system: You are a helpful assistant.
user:
Analyze the provided spectrum to determine if it is a **S-type Star**.

- **Key Indicators for S-type Star:**

    - **(Overall Spectrum Shape):** The first and most obvious characteristic is the overall continuum (the "baseline" shape). It is **extremely "red-sloping,"** meaning the flux (light intensity) is very low on the left side (blue, ~4000-4500 Å) and rises steeply and continuously toward the right side (red, ~7000 Å+).

    - **(Primary):** The spectrum is defined by the presence of strong, broad molecular absorption "valleys" (bands) from **Zirconium Oxide (ZrO)**. The identification of these bands is the **primary requirement** for classifying a star as S-type.
        - **(Key Bandheads):** You must find distinct, deep "dips" where the light has been absorbed. The most critical band systems to locate are:
            - **~6474 Å** ($\gamma$-system): This is often the strongest and clearest ZrO feature, found in the red part of the spectrum.
            - **~5718 Å** & **~5551 Å** ($\beta$-system): A pair of prominent absorption features in the yellow-orange part of the spectrum.
            - **~4640 Å** ($\alpha$-system): A key absorption band system in the blue-green region of the spectrum.

    - **(Secondary Confirmation):** The classification is strengthened by finding additional absorption bands from other related heavy element oxides, which are expected to be present alongside ZrO.
        - **(Key Bandheads):**
            - **Yttrium Oxide (YO):** Look for absorption dips near **~4800 Å** and **~6100 Å**.
            - **Lanthanum Oxide (LaO):** Additional absorption features, particularly in the red-orange part of the spectrum, are also characteristic.

    - **(Line Profile):** The combination of the steep red continuum and these numerous, deep molecular bands (ZrO, YO, etc.) gives the entire spectrum a very **"chopped-up"** or **"bumpy"** appearance. Instead of a smooth curve, the spectrum looks as though large, wide chunks of light have been "carved out" of it at the specific wavelengths listed above.

Think first, call **spectral_visualization_tool** if needed to examine features in detail, then provide your final answer. Your response must adhere to the following strict rules:
1.  **Overall Structure:** Your response must follow the format `<think>...</think> <tool_call>...</tool_call> (if a tool is used) <answer>...</answer>`.
2.  **Tool Usage Constraint:** You may only make **one** tool call per turn.
3.  **Final Answer Format:** In the `<answer>` tag, your conclusion must be inside a `\boxed{}` command (e.g., `\boxed{YES}` or `\boxed{NO}`), followed by your justification.

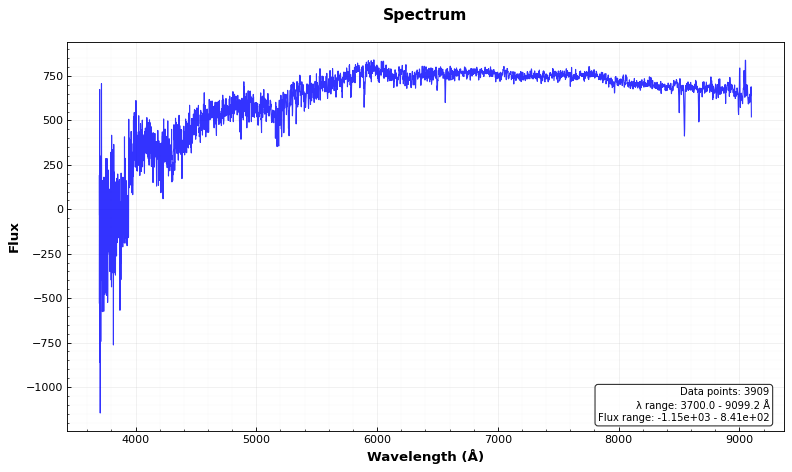
Answer: NO